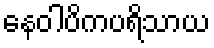
နေဝါပိကပရိသာယ